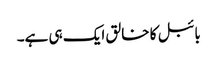
بائبل کا خالق ایک ہی ہے۔